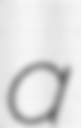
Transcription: a